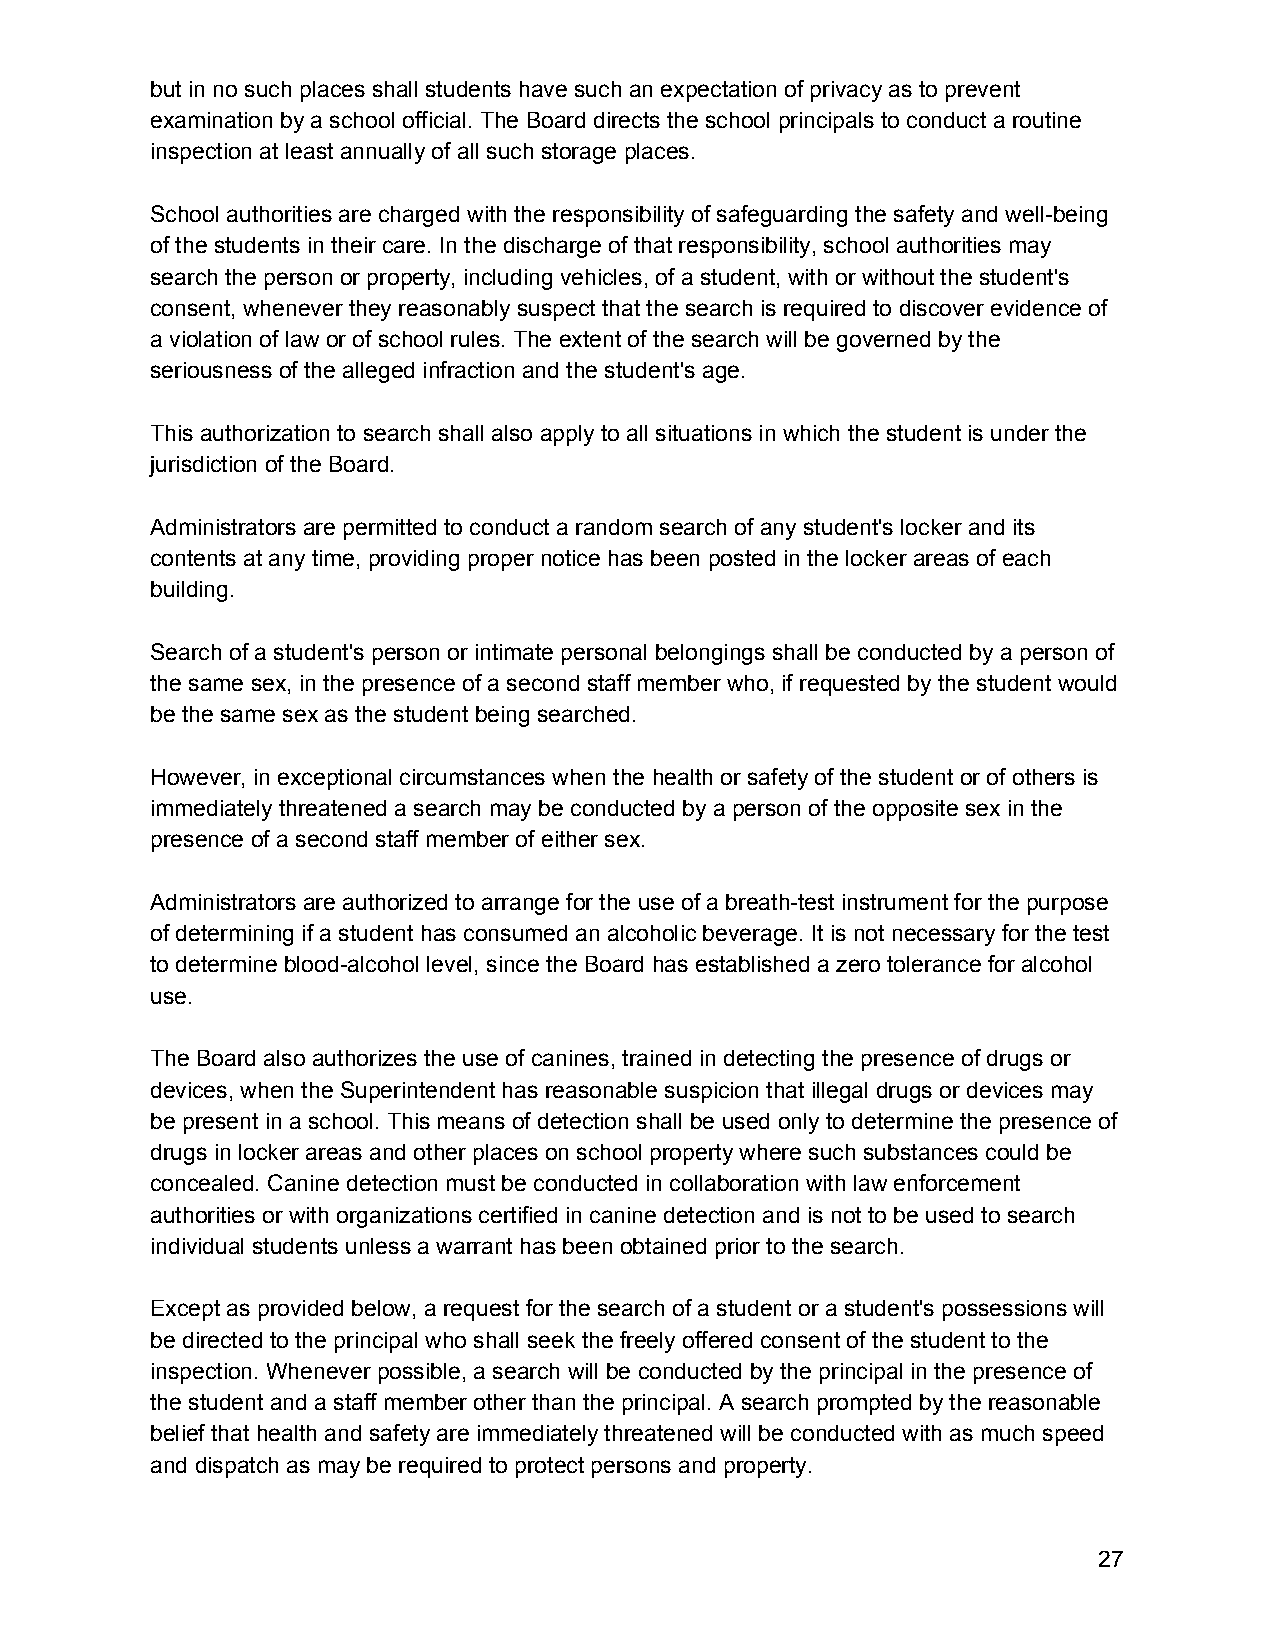
but in no such places shall students have such an expectation of privacy as to prevent
 examination by a school official. The Board directs the school principals to conduct a routine
 inspection at least annually of all such storage places.
 School authorities are charged with the responsibility of safeguarding the safety and well-being
 of the students in their care. In the discharge of that responsibility, school authorities may
 search the person or property, including vehicles, of a student, with or without the student's
 consent, whenever they reasonably suspect that the search is required to discover evidence of
 a violation of law or of school rules. The extent of the search will be governed by the
 seriousness of the alleged infraction and the student's age.
 This authorization to search shall also apply to all situations in which the student is under the
 jurisdiction of the Board.
 Administrators are permitted to conduct a random search of any student's locker and its
 contents at any time, providing proper notice has been posted in the locker areas of each
 building.
 Search of a student's person or intimate personal belongings shall be conducted by a person of
 the same sex, in the presence of a second staff member who, if requested by the student would
 be the same sex as the student being searched.
 However, in exceptional circumstances when the health or safety of the student or of others is
 immediately threatened a search may be conducted by a person of the opposite sex in the
 presence of a second staff member of either sex.
 Administrators are authorized to arrange for the use of a breath-test instrument for the purpose
 of determining if a student has consumed an alcoholic beverage. It is not necessary for the test
 to determine blood-alcohol level, since the Board has established a zero tolerance for alcohol
 use.
 The Board also authorizes the use of canines, trained in detecting the presence of drugs or
 devices, when the Superintendent has reasonable suspicion that illegal drugs or devices may
 be present in a school. This means of detection shall be used only to determine the presence of
 drugs in locker areas and other places on school property where such substances could be
 concealed. Canine detection must be conducted in collaboration with law enforcement
 authorities or with organizations certified in canine detection and is not to be used to search
 individual students unless a warrant has been obtained prior to the search.
 Except as provided below, a request for the search of a student or a student's possessions will
 be directed to the principal who shall seek the freely offered consent of the student to the
 inspection. Whenever possible, a search will be conducted by the principal in the presence of
 the student and a staff member other than the principal. A search prompted by the reasonable
 belief that health and safety are immediately threatened will be conducted with as much speed
 and dispatch as may be required to protect persons and property.
 27